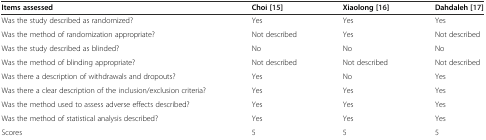
<table><thead><tr><td><b>Items assessed</b></td><td><b>Choi[15]</b></td><td><b>Xiaolong[16]</b></td><td><b>Dahdaleh[17]</b></td></tr></thead><tbody><tr><td>Was the study described as randomized?</td><td>Yes</td><td>Yes</td><td>Yes</td></tr><tr><td>Was the method of randomization appropriate?</td><td>Not described</td><td>Yes</td><td>Not described</td></tr><tr><td>Was the study described as blinded?</td><td>No</td><td>No</td><td>No</td></tr><tr><td>Was the method of blinding appropriate?</td><td>Not described</td><td>Not described</td><td>Not described</td></tr><tr><td>Was there a description of withdrawals and dropouts?</td><td>Yes</td><td>No</td><td>Yes</td></tr><tr><td>Was there a clear description of the inclusion/exclusion criteria?</td><td>Yes</td><td>Yes</td><td>Yes</td></tr><tr><td>Was the method used to assess adverse effects described?</td><td>Yes</td><td>Yes</td><td>Yes</td></tr><tr><td>Was the method of statistical analysis described?</td><td>Yes</td><td>Yes</td><td>Yes</td></tr><tr><td>Scores</td><td>5</td><td>5</td><td>5</td></tr></tbody></table>